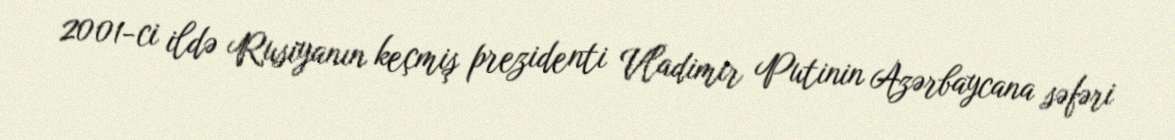
2001-ci ildə Rusiyanın keçmiş prezidenti Vladimir Putinin Azərbaycana səfəri